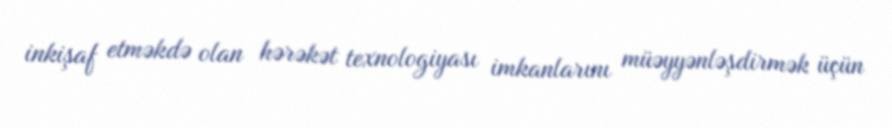
inkişaf etməkdə olan hərəkət texnologiyası imkanlarını müəyyənləşdirmək üçün